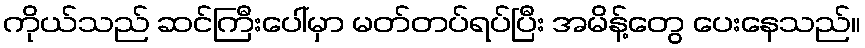
ကိုယ်သည် ဆင်ကြီးပေါ်မှာ မတ်တပ်ရပ်ပြီး အမိန့်တွေ ပေးနေသည်။